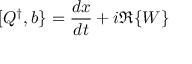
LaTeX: [ Q ^ { \dagger } , b \} = { \frac { d x } { d t } } + i \Re \{ W \}